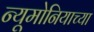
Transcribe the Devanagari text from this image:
न्यूमोनियाच्या